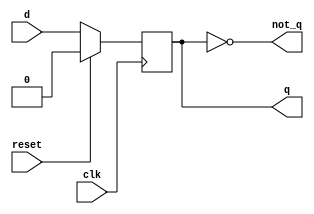
// Design: D-biestable
// Description: 
// Copyright Universidad de Sevilla, Spain
// Rev: 4, sep 2017

module biestable_d(
	input clk,
	input reset,
	input d,
	output reg q,
	output not_q);

always @(posedge clk)
begin
	if(reset == 1'b1)
		q <= 1'b0;
	else
		q <= d;
end

assign not_q = ~q;

endmodule